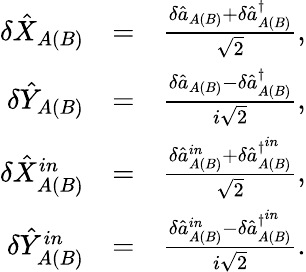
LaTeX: \begin{array}{rlr}{\delta\hat{X}_{A(B)}}&{=}&{\frac{\delta\hat{a}_{A(B)}+\delta\hat{a}_{A(B)}^{\dagger}}{\sqrt{2}},}\\ {\delta\hat{Y}_{A(B)}}&{=}&{\frac{\delta\hat{a}_{A(B)}-\delta\hat{a}_{A(B)}^{\dagger}}{i\sqrt{2}},}\\ {\delta\hat{X}_{A(B)}^{in}}&{=}&{\frac{\delta\hat{a}_{A(B)}^{in}+\delta\hat{a}_{A(B)}^{\dagger^{in}}}{\sqrt{2}},}\\ {\delta\hat{Y}_{A(B)}^{in}}&{=}&{\frac{\delta\hat{a}_{A(B)}^{in}-\delta\hat{a}_{A(B)}^{\dagger^{in}}}{i\sqrt{2}}.}\end{array}